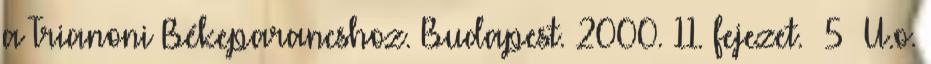
a Trianoni Békeparancshoz. Budapest. 2000. 11. fejezet. 5 U.o.